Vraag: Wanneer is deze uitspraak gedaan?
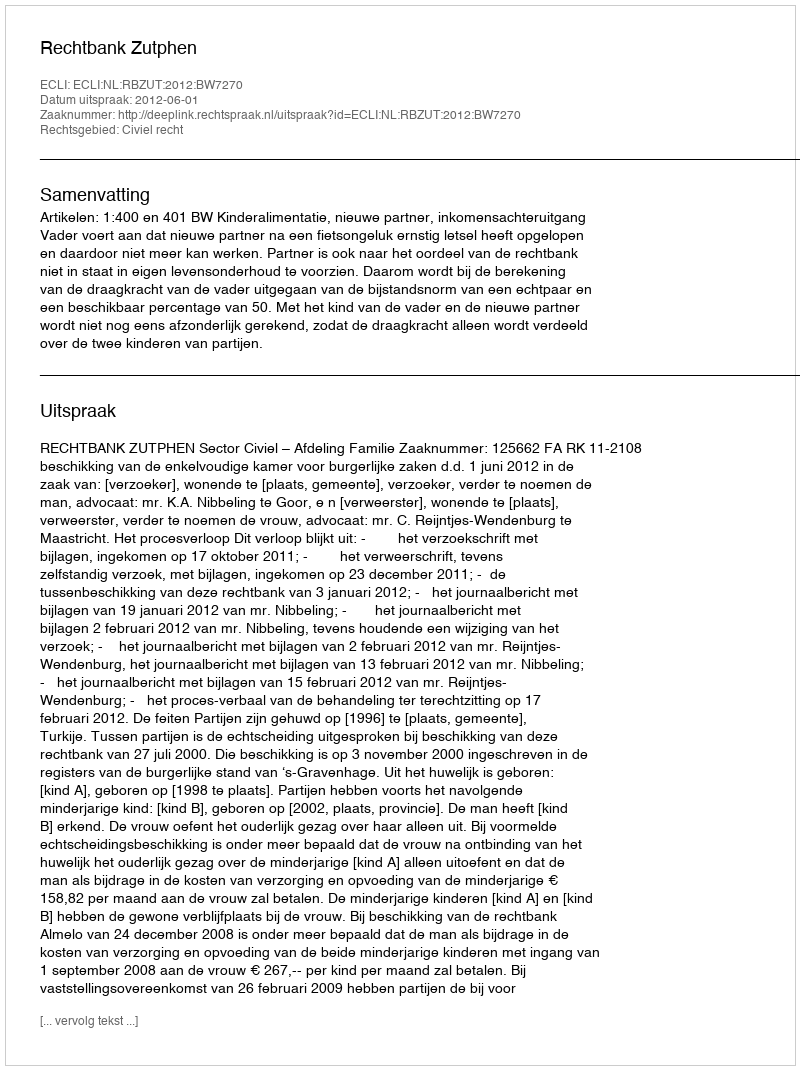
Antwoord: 2012-06-01